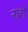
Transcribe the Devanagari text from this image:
नातो